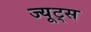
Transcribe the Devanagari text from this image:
ज्यूट्स